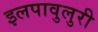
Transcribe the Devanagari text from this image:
इलपावुलुरी